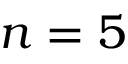
n = 5